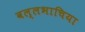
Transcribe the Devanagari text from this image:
वल्लभाचिया